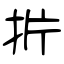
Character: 扸